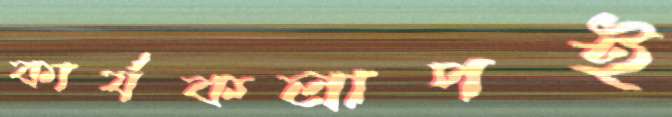
কার্যকলাপই